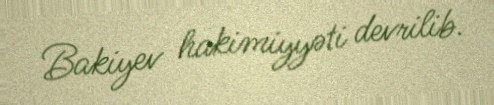
Bakiyev hakimiyyəti devrilib.